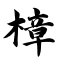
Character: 樟